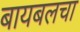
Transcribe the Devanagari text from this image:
बायबलचा